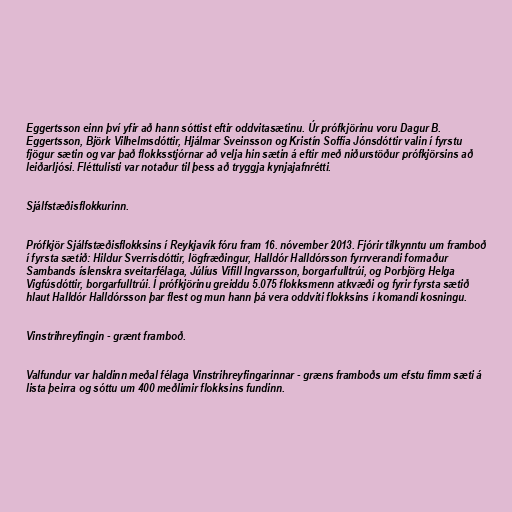
Eggertsson einn því yfir að hann sóttist eftir oddvitasætinu. Úr prófkjörinu voru Dagur B.
Eggertsson, Björk Vilhelmsdóttir, Hjálmar Sveinsson og Kristín Soffía Jónsdóttir valin í fyrstu
fjögur sætin og var það flokksstjórnar að velja hin sætin á eftir með niðurstöður prófkjörsins að
leiðarljósi. Fléttulisti var notaður til þess að tryggja kynjajafnrétti.

Sjálfstæðisflokkurinn.

Prófkjör Sjálfstæðisflokksins í Reykjavík fóru fram 16. nóvember 2013. Fjórir tilkynntu um framboð
í fyrsta sætið: Hildur Sverrisdóttir, lögfræðingur, Halldór Halldórsson fyrrverandi formaður
Sambands íslenskra sveitarfélaga, Júlíus Vífill Ingvarsson, borgarfulltrúi, og Þorbjörg Helga
Vigfúsdóttir, borgarfulltrúi. Í prófkjörinu greiddu 5.075 flokksmenn atkvæði og fyrir fyrsta sætið
hlaut Halldór Halldórsson þar flest og mun hann þá vera oddviti flokksins í komandi kosningu.

Vinstrihreyfingin - grænt framboð.

Valfundur var haldinn meðal félaga Vinstrihreyfingarinnar - græns framboðs um efstu fimm sæti á
lista þeirra og sóttu um 400 meðlimir flokksins fundinn.